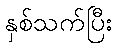
နှစ်သက်ပြီး